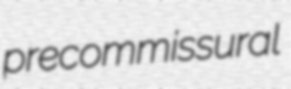
precommissural